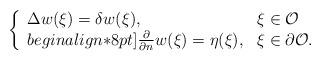
LaTeX: \begin{align*}\left \{\begin{array}{ll}\Delta w(\xi)=\delta w(\xi), & \xi\in {\mathcal{O}} \\begin{align*}8pt]\frac{\partial}{\partial n}w(\xi) = \eta(\xi), & \xi\in \partial{\mathcal{O}}.\end{array}\right .\end{align*}